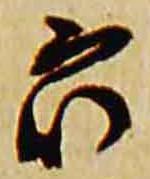
衆